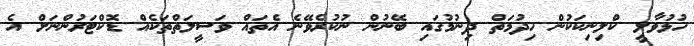
ހުޅުވާލީ ކްލިނިކަކުން ހިދުމަތް ދިނުމުގައި ބޭނުން ނުކުރެވޭނެ އެތައް ވަސީލަތްތަކެއް ޑޮކްޓަރުންނަށް އެ